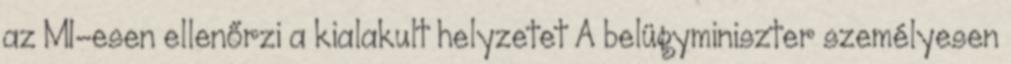
az M1-esen ellenőrzi a kialakult helyzetet A belügyminiszter személyesen